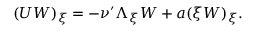
( U W ) _ { \xi } = - \nu ^ { \prime } \Lambda _ { \xi } W + a ( \xi W ) _ { \xi } .